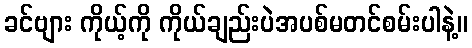
ခင်ဗျား ကိုယ့်ကို ကိုယ်ချည်းပဲအပစ်မတင်စမ်းပါနဲ့။